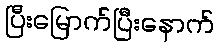
ပြီးမြောက်ပြီးနောက်